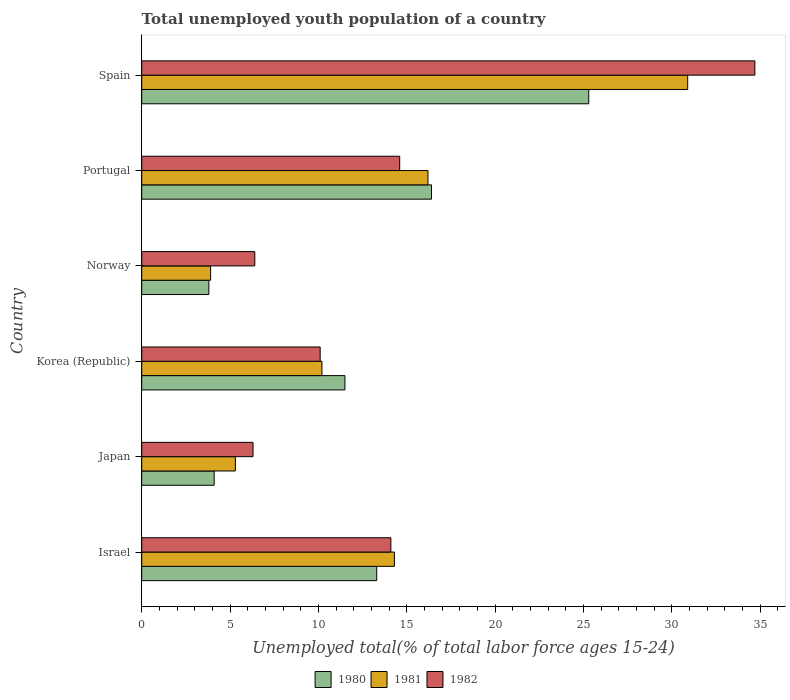
| Country | 1980 | 1981 | 1982 |
 | --- | --- | --- | --- |
 | Israel | 13.3 | 14.3 | 14.1 |
 | Japan | 4.1 | 5.3 | 6.3 |
 | Korea (Republic) | 11.5 | 10.2 | 10.1 |
 | Norway | 3.8 | 3.9 | 6.4 |
 | Portugal | 16.4 | 16.2 | 14.6 |
 | Spain | 25.3 | 30.9 | 34.7 |